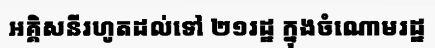
អគ្គិសនីរហូតដល់ទៅ ២១រដ្ឋ ក្នុងចំណោមរដ្ឋ